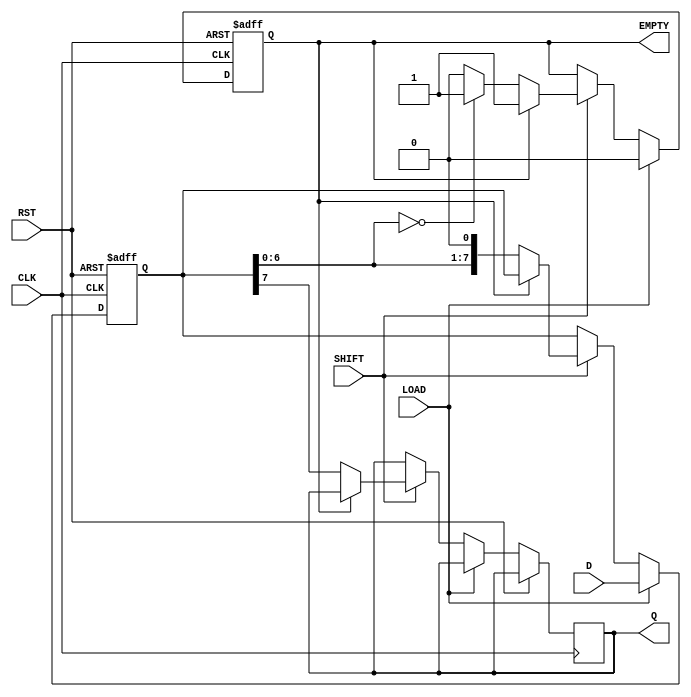
module Loadable_PISO_Register #(
    parameter N = 8 // Default width of the register (can be modified)
)(
    input  wire [N-1:0] D,     // Parallel Data Input
    input  wire LOAD,          // Load Signal
    input  wire SHIFT,         // Shift Signal
    input  wire CLK,           // Clock Signal
    input  wire RST,           // Reset Signal
    output reg  Q,             // Serial Output
    output reg  EMPTY          // Empty Flag
);

    reg [N-1:0] register;       // Internal Register

    // Asynchronous reset and loading of data
    always @(posedge CLK or posedge RST) begin
        if (RST) begin
            register <= 0;       // Reset the register to zero
            EMPTY <= 1;          // Set EMPTY flag
        end else if (LOAD) begin
            register <= D;       // Load parallel input into the register
            EMPTY <= 0;          // Clear EMPTY flag as data is loaded
        end else if (SHIFT) begin
            if (!EMPTY) begin
                Q <= register[N-1]; // Output MSB
                register <= {register[N-2:0], 1'b0}; // Shift left
                if (register[N-2:0] == 0) 
                    EMPTY <= 1;  // Set EMPTY flag if no data remains
            end
        end
    end

endmodule